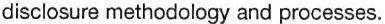
disclosure methodology and processes.